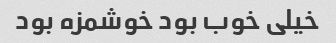
خیلی خوب بود خوشمزه بود